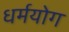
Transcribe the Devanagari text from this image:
धर्मयोग